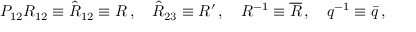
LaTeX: P _ { 1 2 } R _ { 1 2 } \equiv \hat { R } _ { 1 2 } \equiv R \, , \ \ \ \hat { R } _ { 2 3 } \equiv R ^ { \prime } \, , \ \ \ R ^ { - 1 } \equiv \overline { { { R } } } \, , \ \ \ q ^ { - 1 } \equiv \bar { q } \, ,